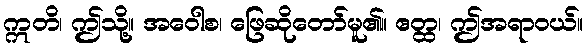
ဣတိ၊ ဤသို့။ အဝေါစ၊ ဖြေဆိုတော်မူ၏။ ဧတ္ထ၊ ဤအရာဝယ်။